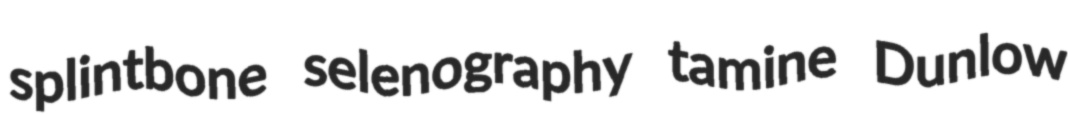
splintbone selenography tamine Dunlow